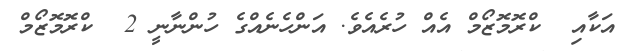
އަކާއި  ކްރޮމޮޒޯމް އެއް ހުރެއެވެ. އަންހެނެއްގެ ހުންނާނީ 2  ކްރޮމޮޒޯމް